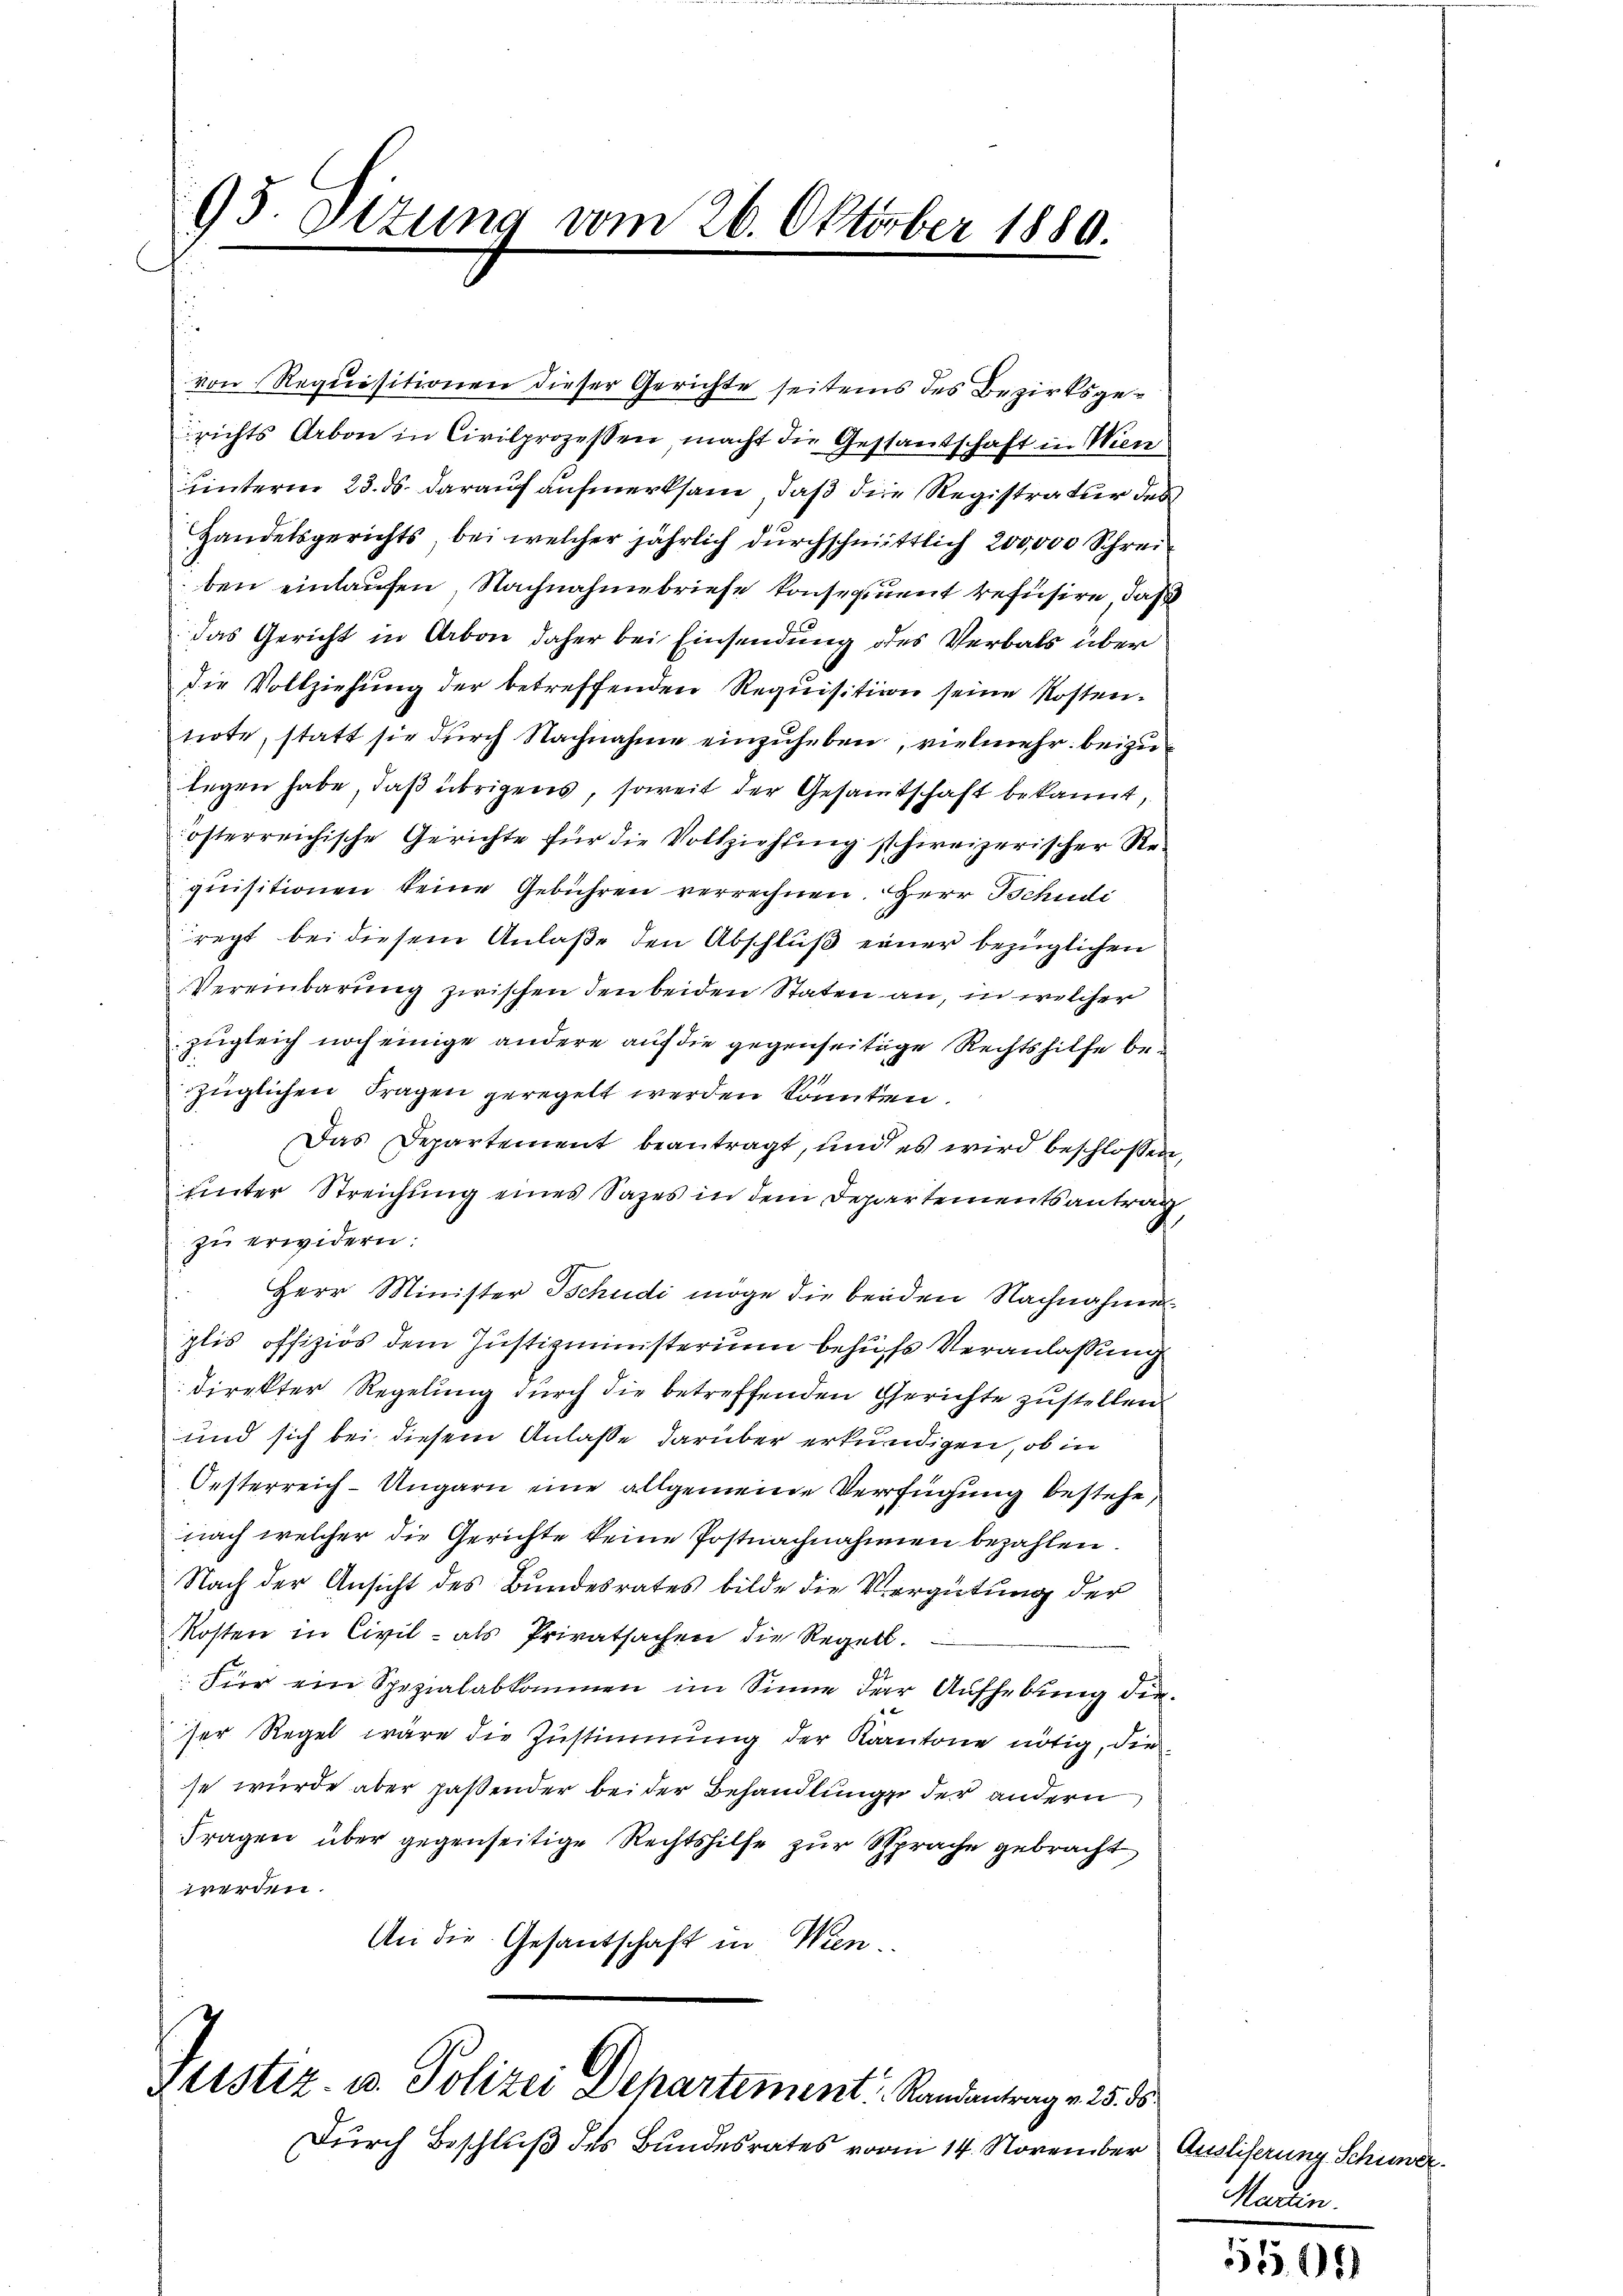
95. Ottung vom 26. Oktober 1889.

von Requisitionen dieser Gerichte seitens des Bezirksgerichts Arbon in Civilprozessen, macht die Gestantschaft in Wien
hinterm 23. ds. darauf aufmerksam, daß die Registratur des
Handelsgerichts, bei welcher jährlich durchschmittlich 200,000 Schreiben einlaufen, Nachnahmebriefe konsequent refusire, daß
das Gericht in Arbon daher bei Einsendung des Verbals über
die Vollziehung der betreffenden Requisition seine Kostentirte, statt sie durch Nachnahme einzuheben, vielmehr beizulegen habe, daß übrigens, soweit der Gesammtschaft bekannt,
österreichische Gerichte für die Vollziehung schweizerischer Requisitionen keine Gebühren verrechnen. Herr Bchudi
regt bei diesem Anlaße den Abschluß einer bezüglichen
Vereinbarung zwischen den beiden Staten an, in welcher
zugleich noch einige andere auf die gegenseitige Rechtshilfe bezüglichen Fragen geregelt werden könnten.
Das Departement beantragt, und es wird beschlossen,
unter Streichung eines Sazes in dem Departementsantrag,
zŭ erwidern:
Herr Minister Schudi möge die beiden Nachnahme
plis offiziös dem Justizministerium behufs Veranlassung
direkter Regelung durch die betreffenden Gerichte zustellen
und sich bei diesem Anlasse darüber erkundigen, ob in
Oesterreich-Ungarn eine allgemeine Verfügung bestehe,
nach welcher die Gerichte keine Postnachnahmen bezahlen.
Nach der Ansicht des Bundesrates bilde die Vergütung der
Kosten in Civil- als Privatsachen die Regelt.
Für ein Spezialabkommen im Sinne der Aufhebung dieser Regel wäre die Zustimmung der Kantone nötig, die
se wurde aber paßender beider Behandlung der andern
Fragen über gegenseitige Rechtshilfe zur Sprache gebracht
werden.
An die Gesandtschaft in Wien.

Zustiz- u. Polizei Departement Randantrag v. 25. 55.

Durch Beschluß des Bundesrates vom 14. November Ausliserung Schwer¬

Martin.

5566)